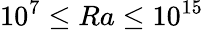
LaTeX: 10^{7}\le Ra\le 10^{15}